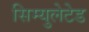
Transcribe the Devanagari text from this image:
सिम्युलेटेड